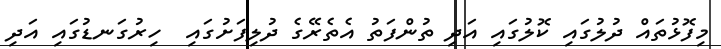
މިފޮޅުތައް ދުލުގައި ކޮލުގައި އަދި ތުންފަތު އެތެރޭގެ ދުލިފަށުގައި  ހިރުގަނޑުގައި އަދި